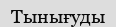
Тынығуды